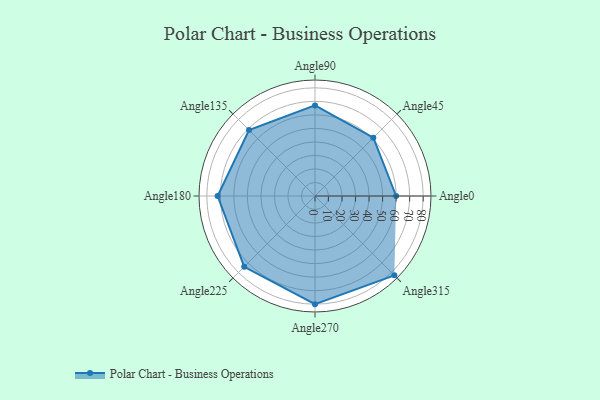
{"axis": {"x": "Angle", "y": "Radius"}, "legend": [""], "data": [{"x": "Angle0", "y": 60.0, "type": ""}, {"x": "Angle45", "y": 61.0, "type": ""}, {"x": "Angle90", "y": 67.0, "type": ""}, {"x": "Angle135", "y": 69.0, "type": ""}, {"x": "Angle180", "y": 72.0, "type": ""}, {"x": "Angle225", "y": 74.0, "type": ""}, {"x": "Angle270", "y": 80.0, "type": ""}, {"x": "Angle315", "y": 83.0, "type": ""}]}